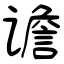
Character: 谵